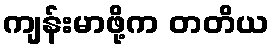
ကျန်းမာဖို့က တတိယ